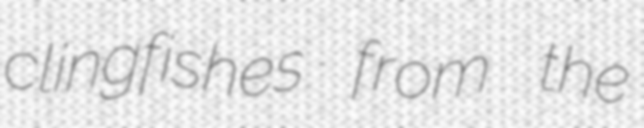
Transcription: clingfishes from the